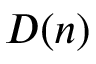
D ( n )